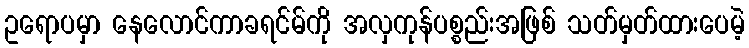
ဥရောပမှာ နေလောင်ကာခရင်မ်ကို အလှကုန်ပစ္စည်းအဖြစ် သတ်မှတ်ထားပေမဲ့